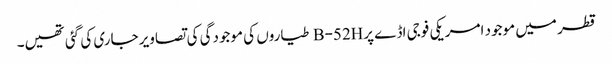
قطر میں موجود امریکی فوجی اڈے پرB-52H طیاروں کی موجودگی کی تصاویر جاری کی گئی تھیں۔